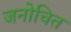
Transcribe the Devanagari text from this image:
जनोचित